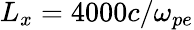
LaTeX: L_{x}=4000c/\omega_{pe}